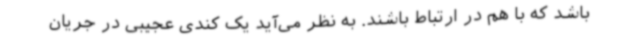
باشد که با هم در ارتباط باشند. به نظر می‌آید یک کندی عجیبی در جریان